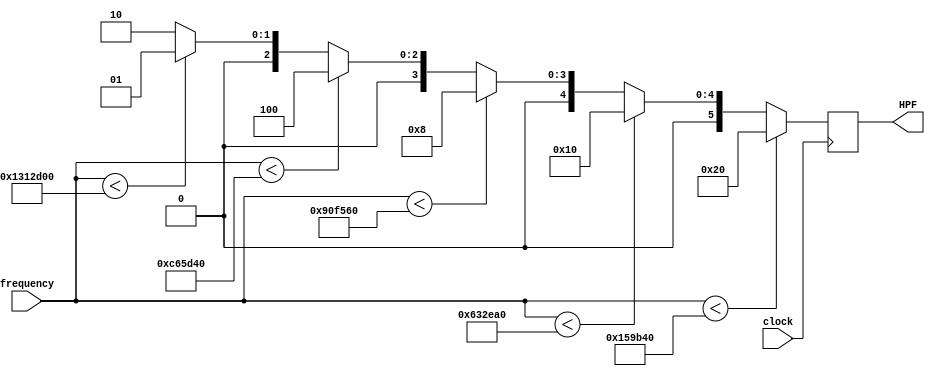
// V1.0 19th November 2007
//
// Copyright 2006,2007 Phil Harman VK6APH
//
//  HPSDR - High Performance Software Defined Radio
//
//  Alex SPI interface.
//
//
//  This program is free software; you can redistribute it and/or modify
//  it under the terms of the GNU General Public License as published by
//  the Free Software Foundation; either version 2 of the License, or
//  (at your option) any later version.
//
//  This program is distributed in the hope that it will be useful,
//  but WITHOUT ANY WARRANTY; without even the implied warranty of
//  MERCHANTABILITY or FITNESS FOR A PARTICULAR PURPOSE.  See the
//  GNU General Public License for more details.
//
//  You should have received a copy of the GNU General Public License
//  along with this program; if not, write to the Free Software
//  Foundation, Inc., 59 Temple Place, Suite 330, Boston, MA  02111-1307  USA

//////////////////////////////////////////////////////////////
//
//		Alex Band Decoder & HPF selection
//
//////////////////////////////////////////////////////////////
/*
	V2.0 for V3 Alex	

	Each band is  decoded and the appropriate HPF selected as follows
	
	Bypass 	HPF = 6'b100000
	1.5MHz	HPF = 6'b010000
	6.5MHz	HPF = 6'b001000
	9.5MHz 	HPF = 6'b000100
    20MHz  	HPF = 6'b000010
	13MHz  	HPF = 6'b000001
	
*/

module HPF_select(clock,frequency,HPF);
input  wire        clock;
input  wire [31:0] frequency;
output reg   [5:0] HPF;

always @(posedge clock)
begin
if 		(frequency <  1416000) HPF <= 6'b100000;  // bypass
else if	(frequency <  6500000) HPF <= 6'b010000;	// 1.5MHz HPF	
else if (frequency <  9500000)  HPF <= 6'b001000;	// 6.5MHz HPF
else if (frequency < 13000000)  HPF <= 6'b000100;	// 9.5MHz HPF
else if (frequency < 20000000)  HPF <= 6'b000001;	// 13MHz HPF
else								     HPF <= 6'b000010;	// 20MHz HPF

end
endmodule